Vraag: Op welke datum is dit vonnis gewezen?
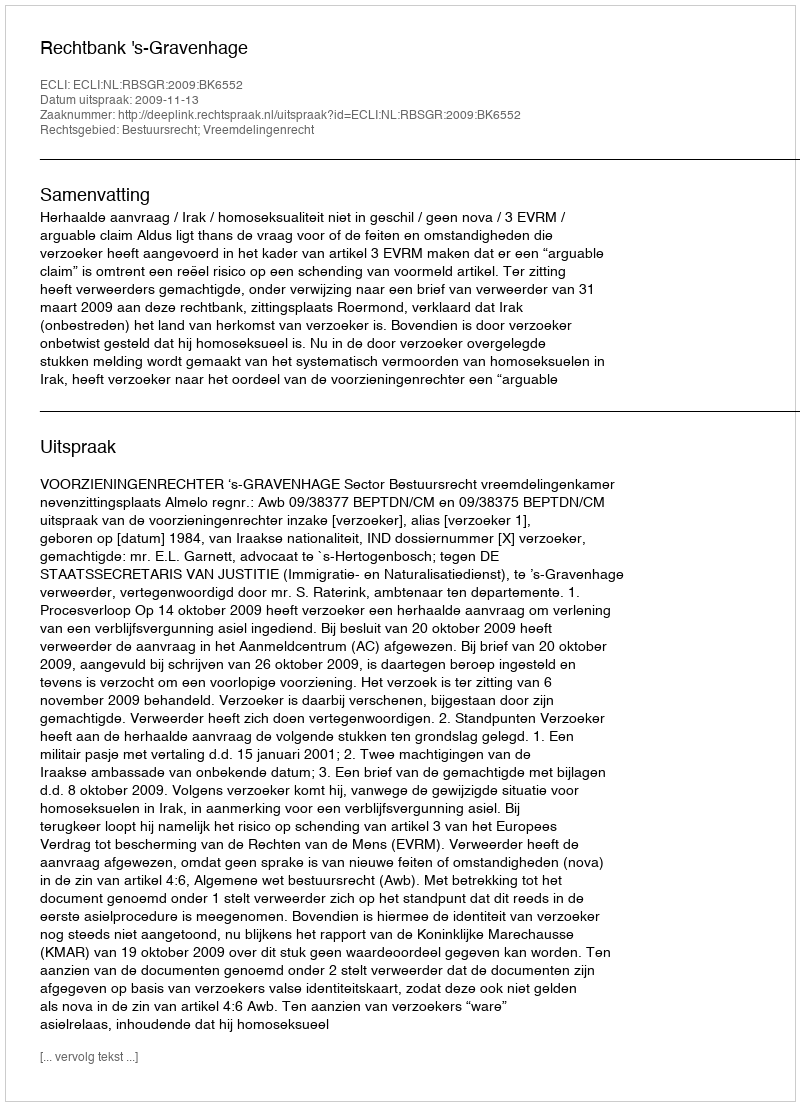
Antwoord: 2009-11-13